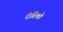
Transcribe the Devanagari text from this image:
रीतिको